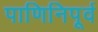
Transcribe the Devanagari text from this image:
पाणिनिपूर्व